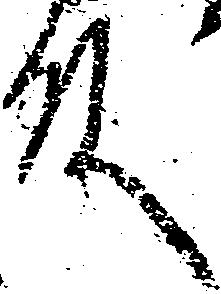
殿